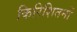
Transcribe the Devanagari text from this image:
किरिशितनों